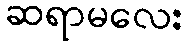
ဆရာမလေး